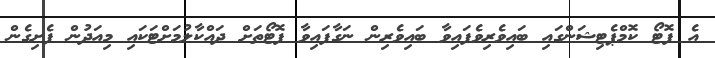
އެ ފޮޓޯ ކޮމްޕެޓިޝަންގައި ބައިވެރިވެފައިވާ ބައިވެރިން ނަގާފައިވާ ފޮޓޯތަށް ދައްކާލުމަށްޓަކައި މިއަދުން ފެށިގެން